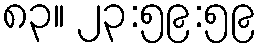
၈၃။ ၂၃:၅၉:၅၉